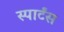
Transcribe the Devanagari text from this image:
स्पार्टंस